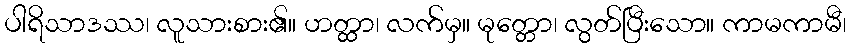
ပါရိသာဒဿ၊ လူသားစား၏။ ဟတ္ထာ၊ လက်မှ။ မုတ္တော၊ လွတ်ပြီးသော။ ကာမကာမီ၊